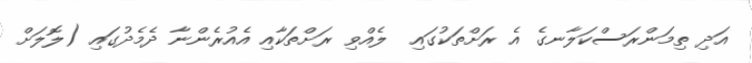
އަދި ތިމަންރަސްކަލާނގެ އެ ރަށްތަކުގައި  ލެއްވި ރަށްތަކާއި އެއުރެންނާ ދެމެދުގައި (ލޮލަށް